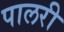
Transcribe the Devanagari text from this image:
पालरी